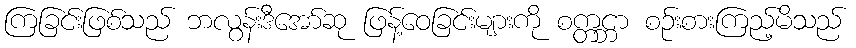
ကြခြင်းဖြစ်သည် ဘလွန်းဒီအော်ဆု ဖြန့်ဝေခြင်းများကို စက္တင္ဘာ စဉ်းစားကြည့်မိသည်